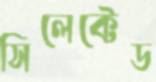
সিলেক্টেড